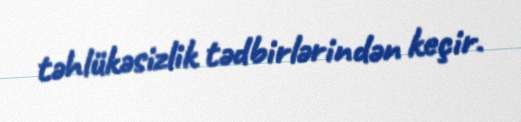
təhlükəsizlik tədbirlərindən keçir.